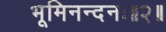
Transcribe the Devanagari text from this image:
भूमिनन्दनः॥२॥